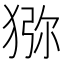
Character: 猕